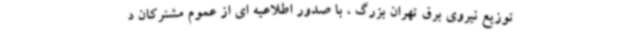
توزیع نیروی برق تهران بزرگ ، با صدور اطلاعیه ای از عموم مشترکان د